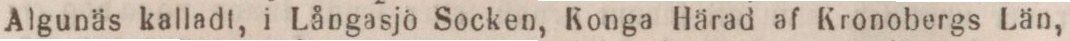
Algunäs kalladt, i Långasjö Socken, Konga Härad af Kronobergs Län,